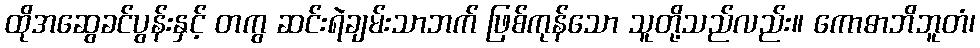
ထိုအဆွေခင်ပွန်းနှင့် တကွ ဆင်းရဲချမ်းသာဘက် ဖြစ်ကုန်သော သူတို့သည်လည်း။ ကောဓာဘိဘူတံ၊